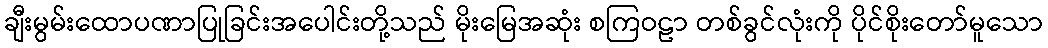
ချီးမွမ်းထောပဏာပြုခြင်းအပေါင်းတို့သည် မိုးမြေအဆုံး စကြဝဠာ တစ်ခွင်လုံးကို ပိုင်စိုးတော်မူသော